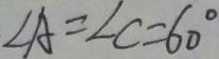
\angle A = \angle C = 6 0 ^ { \circ }